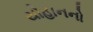
યોહાનનો